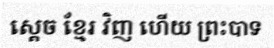
ស្តេច ខ្មែរ វិញ ហើយ ព្រះបាទ